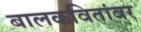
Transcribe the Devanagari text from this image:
बालकवितांवर